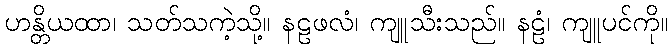
ဟန္တိယထာ၊ သတ်သကဲ့သို့။ နဠဖလံ၊ ကျူသီးသည်။ နဠံ၊ ကျူပင်ကို။